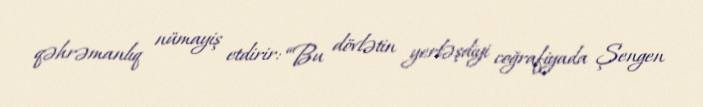
qəhrəmanlıq nümayiş etdirir: “Bu dövlətin yerləşdiyi coğrafiyada Şengen